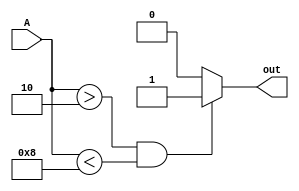
module Q1 (A, out);
	input [3:0]A;
	output out;

	assign out = (A > 4'b0010) && (A < 4'b1000) ? 1 : 0 ;

endmodule